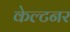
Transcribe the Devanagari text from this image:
केल्टनर